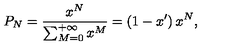
P _ { N } = \frac { x ^ { N } } { \sum _ { M = 0 } ^ { + \infty } x ^ { M } } = \left( 1 - x ^ { \prime } \right) x ^ { N } ,